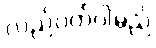
လည်ပတ်ပါမည်